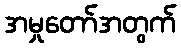
အမှုတော်အတွက်